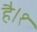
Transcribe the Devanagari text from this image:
है।१